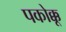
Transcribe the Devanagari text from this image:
पकोक्कू